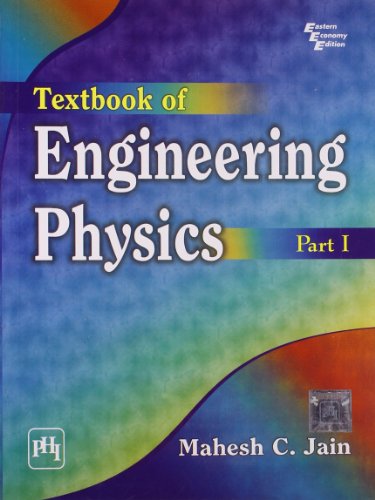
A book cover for Textbook of Engineering Physics: Pt. I; Mahesh C. Jain; Science & Math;